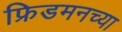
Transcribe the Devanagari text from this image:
फ्रिडमनच्या